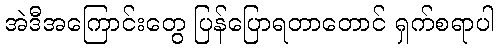
အဲဒီအကြောင်းတွေ ပြန်ပြောရတာတောင် ရှက်စရာပါ